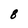
Character: 8